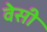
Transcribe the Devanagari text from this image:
वेसी